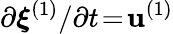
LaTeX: \partial\boldsymbol{\xi}^{(1)}/\partial t\! =\! \mathbf{u}^{(1)}